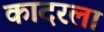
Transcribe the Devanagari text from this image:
कादरला